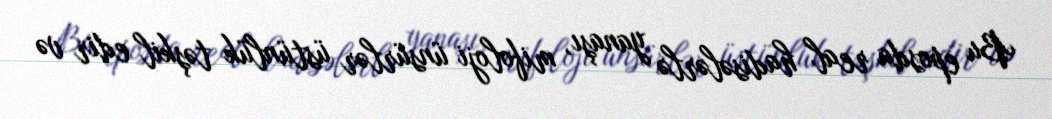
Bu eposda real hadisələrlə yanaşı, mifoloji ünsürlər üstünlük təşkil edir və